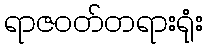
ရာဇဝတ်တရားရုံး